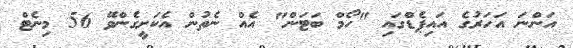
އަންނަ އަހަރުގެ އައިޕެޑްގައި "ހޯމް ބަޓަން" އެއް ނެތުން އެކަށީގެންވޭ 56 މިނެޓް